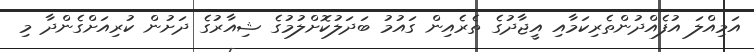
އަމިއްލަ އުފެއްދުންތެރިކަމާއި އީޖާދުގެ ތެރެއިން ގައުމު ބަދަލުކޮށްލުމުގެ ޝިއާރުގެ ދަށުން ކުރިއަށްގެންދާ މި